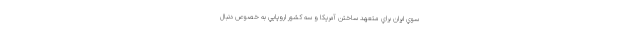
سوي ايران براي متعهد ساختن آمريكا و سه كشور اروپايي به خصوص دنبال